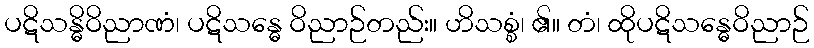
ပဋိသန္ဓိဝိညာဏံ၊ ပဋိသန္ဓေ ဝိညာဉ်တည်း။ ဟိသစ္စံ၊ ၏။ တံ၊ ထိုပဋိသန္ဓေဝိညာဉ်